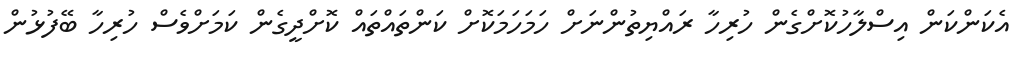
އެކަންކަން އިސްލާހުކޮށްގެން ހުރިހާ ރައްޔިތުންނަށް ހަމަހަމަކޮށް ކަންތައްތައް ކޮށްދީގެން ކަމަށްވެސް ހުރިހާ ބޭފުޅުން